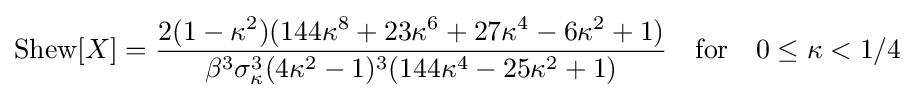
\operatorname {Shew} [X]={\frac {2(1-\kappa ^{2})(144\kappa ^{8}+23\kappa ^{6}+27\kappa ^{4}-6\kappa ^{2}+1)}{\beta ^{3}\sigma _{\kappa }^{3}(4\kappa ^{2}-1)^{3}(144\kappa ^{4}-25\kappa ^{2}+1)}}\quad {\text{for}}\quad 0\leq \kappa <1/4